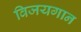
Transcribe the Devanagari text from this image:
विजयगान